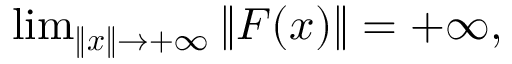
\begin{array} { r } { \operatorname* { l i m } _ { \| \boldsymbol { x } \| \rightarrow + \infty } \| \boldsymbol { F } ( \boldsymbol { x } ) \| = + \infty , } \end{array}